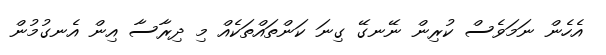
އެހެން ނަމަވެސް ކުރިން ނޭނގޭ ގިނަ ކަންތައްތަކެއް މި ދިރާސާ އިން އެނގުމުން